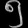
Digit: ၅